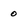
Character: o